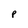
Character: p